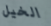
الخيل